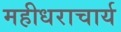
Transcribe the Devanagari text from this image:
महीधराचार्य